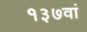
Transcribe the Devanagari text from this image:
१३७वां